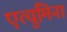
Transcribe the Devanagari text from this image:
एत्‍युमिना